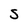
Character: 5